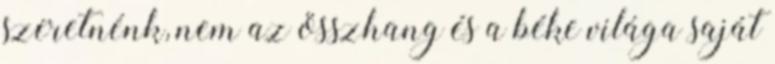
szeretnénk, nem az összhang és a béke világa saját